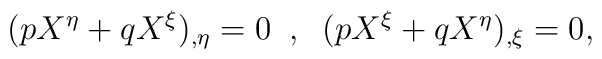
(pX^\eta +qX^\xi )_{,\eta}=0 \;\; , \;\; (pX^\xi + qX^\eta )_{,\xi}=0,